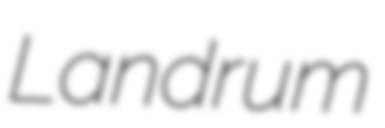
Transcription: Landrum